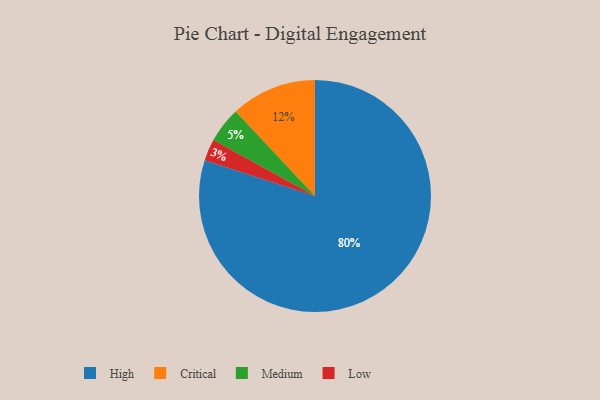
{"axis": {"x": "Category", "y": "Percentage"}, "legend": ["Critical", "High", "Low", "Medium"], "data": [{"x": "Low", "y": 3, "type": "Low"}, {"x": "Medium", "y": 5, "type": "Medium"}, {"x": "Critical", "y": 12, "type": "Critical"}, {"x": "High", "y": 80, "type": "High"}]}